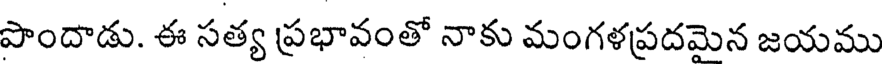
పాందాడు. ఈ సత్య ప్రభావంతో నాకు మంగళప్రదమెన జయము